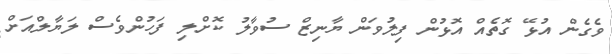
ވެގެން އުޅޭ ގޮތެއް އޮޅުން ފިލުވަން ޔާނިޒް ސުވާލު ކޮށްލި ފަހުންވެސް ލަޔާލްއަށް